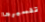
تفسيرها